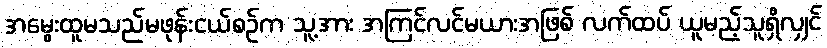
အမွေးထူမသည်မဖုန်းငယ်စဉ်က သူ့အား အကြင်လင်မယားအဖြစ် လက်ထပ် ယူမည့်သူရှိလျှင်